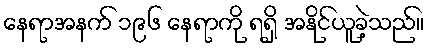
နေရာအနက် ၁၉၆ နေရာကို ရရှိ အနိုင်ယူခဲ့သည်။